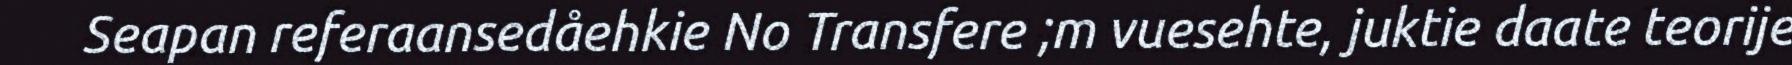
Seapan referaansedåehkie No Transfere ;m vuesehte, juktie daate teorije